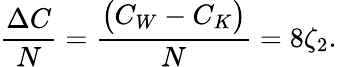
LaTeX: \begin{array}{ccc}{\displaystyle{\frac{\Delta C}{N}=\frac{\big(C_{W}-C_{K}\big)}{N}=8\zeta_{2}.}}\end{array}